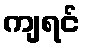
ကျရင်